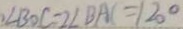
\angle B O C = 2 \angle B A C = 1 2 0 ^ { \circ }